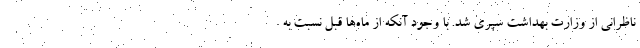
ناظرانی از وزارت بهداشت سپری شد. با وجود آنکه از ماه‌ها قبل نسبت به